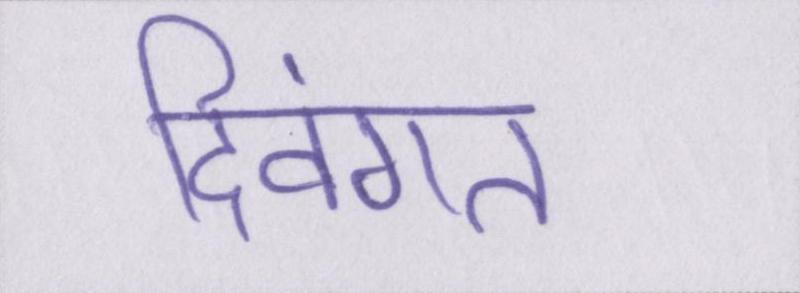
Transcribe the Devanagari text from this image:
दिवंगत